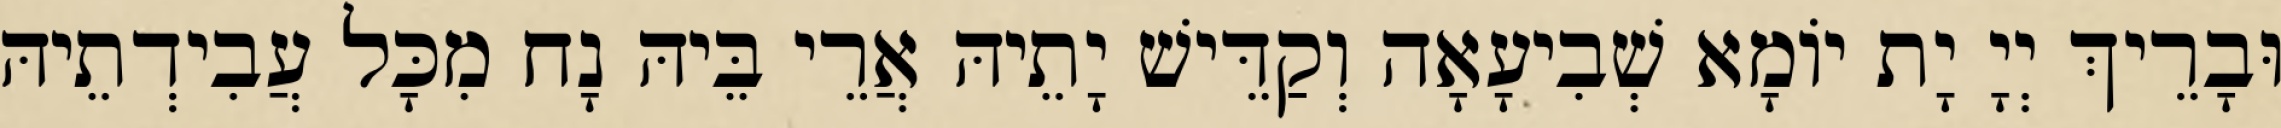
וּבָרֵיךְ יְיָ יָת יוֹמָא שְׁבִיעָאָה וְקַדֵּישׁ יָתֵיהּ אֲרֵי בֵּיהּ נָח מִכָּל עֲבִידְתֵיהּ